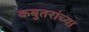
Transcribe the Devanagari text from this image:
कबुतरांच्या